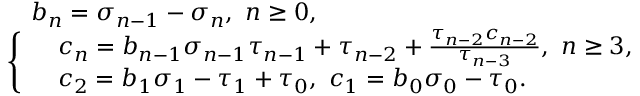
\begin{array} { r l } & { ~ ~ ~ b _ { n } = \sigma _ { n - 1 } - \sigma _ { n } , ~ n \geq 0 , } \\ & { \left\{ \begin{array} { r l } & { c _ { n } = b _ { n - 1 } \sigma _ { n - 1 } \tau _ { n - 1 } + \tau _ { n - 2 } + \frac { \tau _ { n - 2 } c _ { n - 2 } } { \tau _ { n - 3 } } , ~ n \geq 3 , } \\ & { c _ { 2 } = b _ { 1 } \sigma _ { 1 } - \tau _ { 1 } + \tau _ { 0 } , ~ c _ { 1 } = b _ { 0 } \sigma _ { 0 } - \tau _ { 0 } . } \end{array} \right. } \end{array}